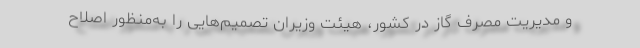
و مدیریت مصرف گاز در کشور، هیئت وزیران تصمیم‌هایی را به‌منظور اصلاح